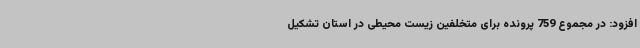
افزود: در مجموع 759 پرونده برای متخلفین زیست محیطی در استان تشکیل